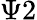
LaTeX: \Psi 2